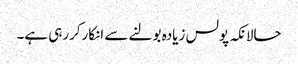
حالانکہ پولس زیادہ بولنے سے انکارکررہی ہے۔